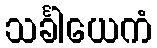
သင်္ခါယေကံ